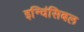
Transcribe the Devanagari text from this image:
इन्विंसिबल